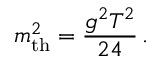
m _ { \mathrm { t h } } ^ { 2 } = { \frac { g ^ { 2 } T ^ { 2 } } { 2 4 } } \, .